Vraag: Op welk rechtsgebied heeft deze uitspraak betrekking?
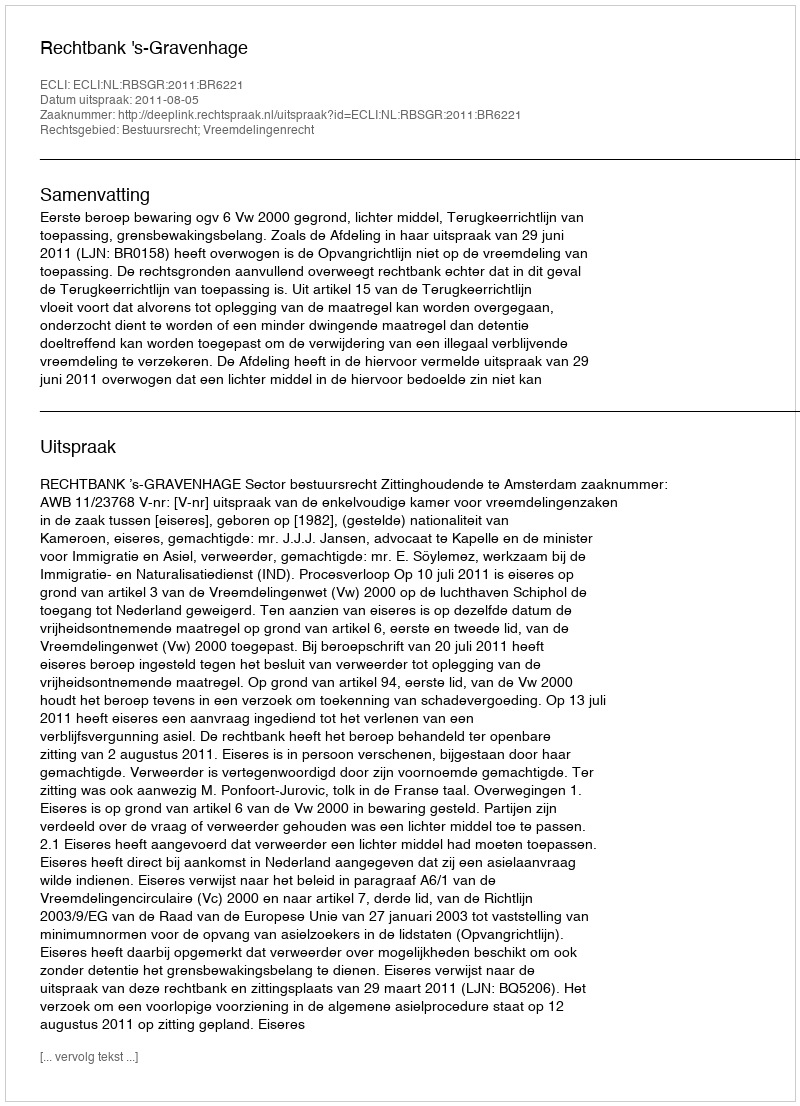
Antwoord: Bestuursrecht; Vreemdelingenrecht